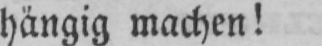
hängig machen!